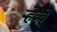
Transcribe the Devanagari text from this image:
र्‍हेव्वे